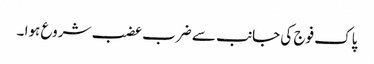
پاک فوج کی جانب سے ضرب عضب شروع ہوا ۔